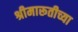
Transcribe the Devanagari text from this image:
श्रीमारूतीच्या